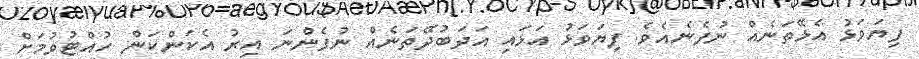
ފިޔަވަޅު އެޅޭތަނެއް ނުފެނެއެވެ. ފިޔަވަޅު އަޅައި އަދަބުދޭތަނެއް ނުފެންނަ އިރު އެކަންކަން ހުއްޓުވުމަށް